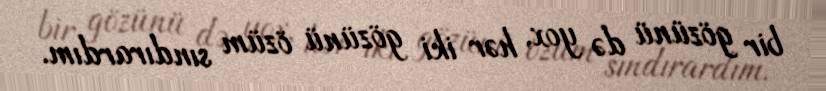
bir gözünü də yox, hər iki gözünü özüm sındırardım.